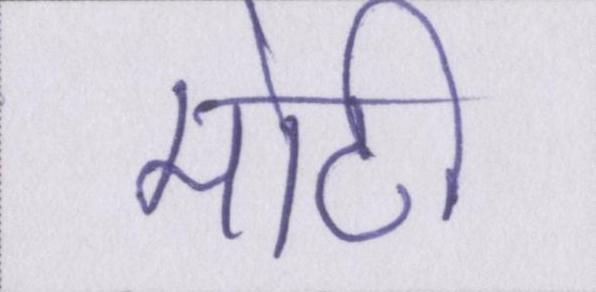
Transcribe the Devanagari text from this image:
मोटी